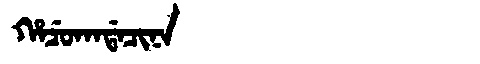
Manchu: ᡥᠠᠴᡠᡴᠠᡩᠠᠴᡳᠨᠠ
Romanization: HACUKADACINA